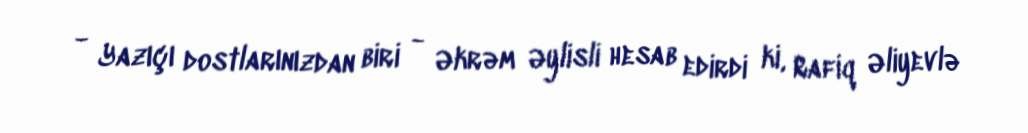
- Yazıçı dostlarınızdan biri - Əkrəm Əylisli hesab edirdi ki, Rafiq Əliyevlə